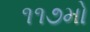
૧૧૭મો